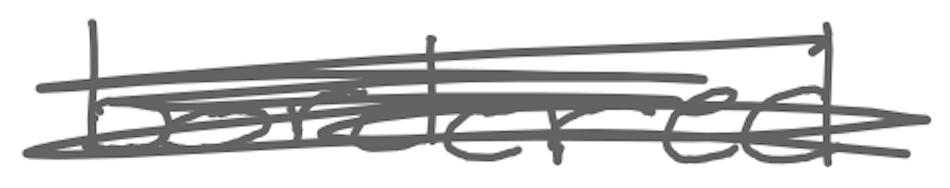
Text: bordered
Cross-out: scratch
Writing tool: digital_gray